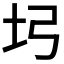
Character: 𡉖